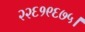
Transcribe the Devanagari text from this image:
२२६१९६७५।